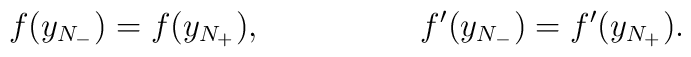
f(y_{N_-})=f(y_{N_+}), \hspace{2cm} f'(y_{N_-})=f'(y_{N_+}).